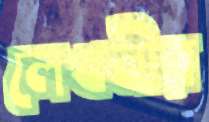
লেখনীর